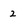
Character: 2